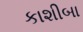
કાશીબા